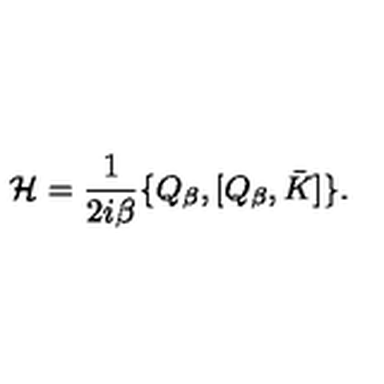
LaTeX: { \cal H } = \frac { 1 } { 2 i \beta } \{ Q _ { \beta } , [ Q _ { \beta } , \bar { K } ] \} .